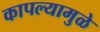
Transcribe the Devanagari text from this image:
कापल्यामुळे